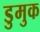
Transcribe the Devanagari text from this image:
डुमुक